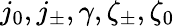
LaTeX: j_{0},j_{\pm},\gamma,\zeta_{\pm},\zeta_{0}